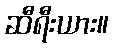
ဆီရီးယား။